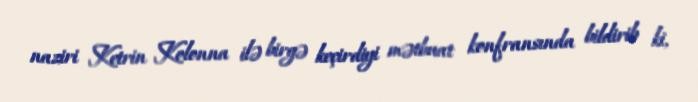
naziri Ketrin Kolonna ilə birgə keçirdiyi mətbuat konfransında bildirib ki,